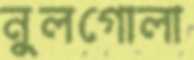
নুলগোলা